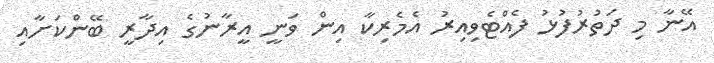
އޭނާ މި ދަތުރުފުޅު ފެއްޓެވިއިރު އެމެރިކާ އިން ވަނީ އީރާނުގެ އިދާރީ ބޭންކަށާއި